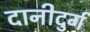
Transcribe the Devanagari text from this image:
दानीदुर्ग